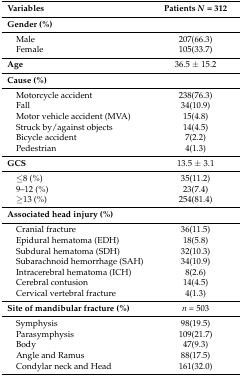
<table><thead><tr><td><b>Variables</b></td><td><b>Patients <i>N</i> = 312</b></td></tr></thead><tbody><tr><td><b>Gender (%)</b></td><td></td></tr><tr><td> Male</td><td>207(66.3)</td></tr><tr><td> Female</td><td>105(33.7)</td></tr><tr><td><b>Age</b></td><td>36.5 ± 15.2</td></tr><tr><td><b>Cause (%)</b></td><td></td></tr><tr><td> Motorcycle accident</td><td>238(76.3)</td></tr><tr><td> Fall</td><td>34(10.9)</td></tr><tr><td> Motor vehicle accident (MVA)</td><td>15(4.8)</td></tr><tr><td> Struck by/against objects</td><td>14(4.5)</td></tr><tr><td> Bicycle accident</td><td>7(2.2)</td></tr><tr><td> Pedestrian</td><td>4(1.3)</td></tr><tr><td><b>GCS</b></td><td>13.5 ± 3.1</td></tr><tr><td> ≤8 (%)</td><td>35(11.2)</td></tr><tr><td> 9–12 (%)</td><td>23(7.4)</td></tr><tr><td> ≥13 (%)</td><td>254(81.4)</td></tr><tr><td><b>Associated head injury (%)</b></td><td></td></tr><tr><td> Cranial fracture</td><td>36(11.5)</td></tr><tr><td> Epidural hematoma (EDH)</td><td>18(5.8)</td></tr><tr><td> Subdural hematoma (SDH)</td><td>32(10.3)</td></tr><tr><td> Subarachnoid hemorrhage (SAH)</td><td>34(10.9)</td></tr><tr><td> Intracerebral hematoma (ICH)</td><td>8(2.6)</td></tr><tr><td> Cerebral contusion</td><td>14(4.5)</td></tr><tr><td> Cervical vertebral fracture</td><td>4(1.3)</td></tr><tr><td><b>Site of mandibular fracture (%)</b></td><td><i>n</i> = 503</td></tr><tr><td> Symphysis</td><td>98(19.5)</td></tr><tr><td> Parasymphysis</td><td>109(21.7)</td></tr><tr><td> Body</td><td>47(9.3)</td></tr><tr><td> Angle and Ramus</td><td>88(17.5)</td></tr><tr><td> Condylar neck and Head</td><td>161(32.0)</td></tr></tbody></table>